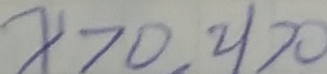
x > 0 , y > 0